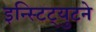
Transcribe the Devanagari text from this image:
इन्स्टिट्युटने